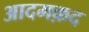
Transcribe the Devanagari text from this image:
आदमक़द